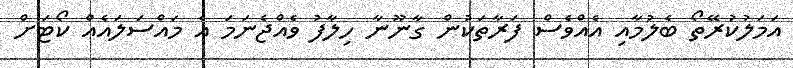
އަމަލުކުރޭތޯ ބެލުމާއި އެއްވެސް ފަރާތަކުން ގާނޫނާ ހިލާފު ވެއްޖެނަމަ އެ މައްސަލައެއް ކޯޓަށް